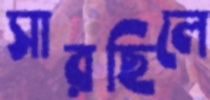
সারছিলে